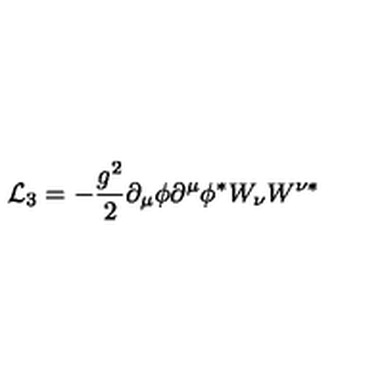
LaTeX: { \cal L } _ { 3 } = - \frac { g ^ { 2 } } { 2 } \partial _ { \mu } \phi \partial ^ { \mu } \phi ^ { \ast } W _ { \nu } W ^ { \nu \ast }